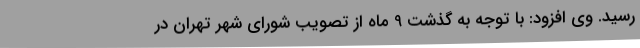
رسید. وی افزود: با توجه به گذشت 9 ماه از تصویب شورای شهر تهران در